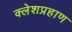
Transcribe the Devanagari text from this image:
क्लेशप्रहाण